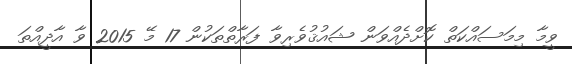
ވީމާ މިމަސައްކަތް ކޮށްދެއްވަން ޝައުޤުވެރިވާ ފަރާތްތަކުން 17 މޭ 2015 ވާ އާދީއްތަ